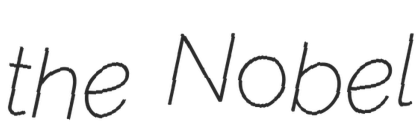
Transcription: the Nobel